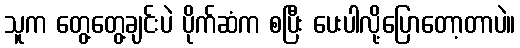
သူက တွေ့တွေ့ချင်းပဲ ပိုက်ဆံက စပြီး ပေးပါလို့ပြောတော့တာပဲ။